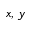
x , \, y